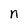
Character: n